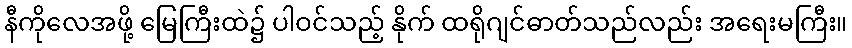
နီကိုလေအဖို့ မြေကြီးထဲ၌ ပါဝင်သည့် နိုက် ထရိုဂျင်ဓာတ်သည်လည်း အရေးမကြီး။